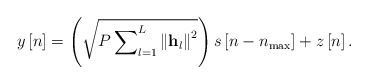
\begin{align*} y\left[ n \right] = \left( {\sqrt {P\sum\nolimits_{l = 1}^L {{{\left\| {{{\bf{h}}_l}} \right\|}^2}} } } \right)s\left[ {n - {n_{\max }}} \right] + z\left[ n \right]. \end{align*}